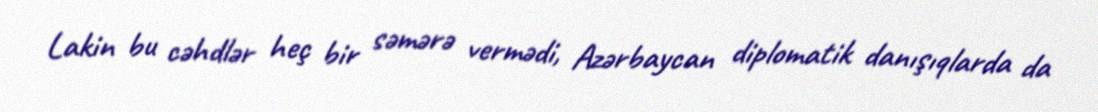
Lakin bu cəhdlər heç bir səmərə vermədi, Azərbaycan diplomatik danışıqlarda da